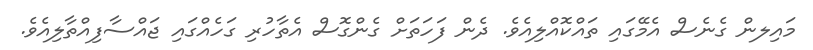
މައިލން ގެނެސް އެމޭގައި ތައްކޮއްލިއެވެ. ދެން ފަހަތަށް ގެންގޮސް އެތާހުރި ގަހެއްގައި ޖައްސާފިއްތާލިއެވެ.